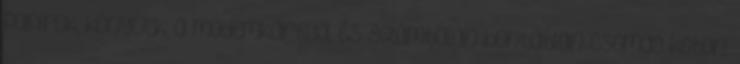
papírok, könyvek, a modemkártya, és számtalan bontatlan csomag koton.